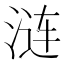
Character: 涟